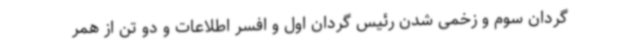
گردان سوم و زخمی شدن رئیس گردان اول و افسر اطلاعات و دو تن از همر